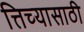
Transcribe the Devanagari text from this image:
त्तिच्यासाठी